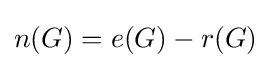
n(G)=e(G)-r(G)